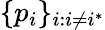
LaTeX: \{ p_{i}\} _{i:i\neq i^{*}}